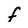
Character: f